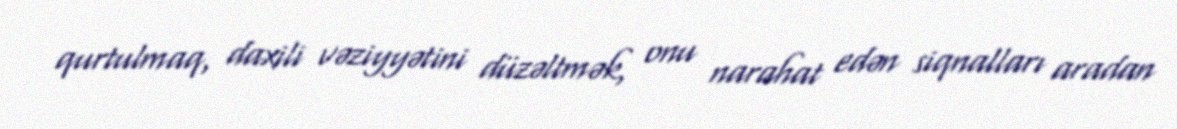
qurtulmaq, daxili vəziyyətini düzəltmək, onu narahat edən siqnalları aradan